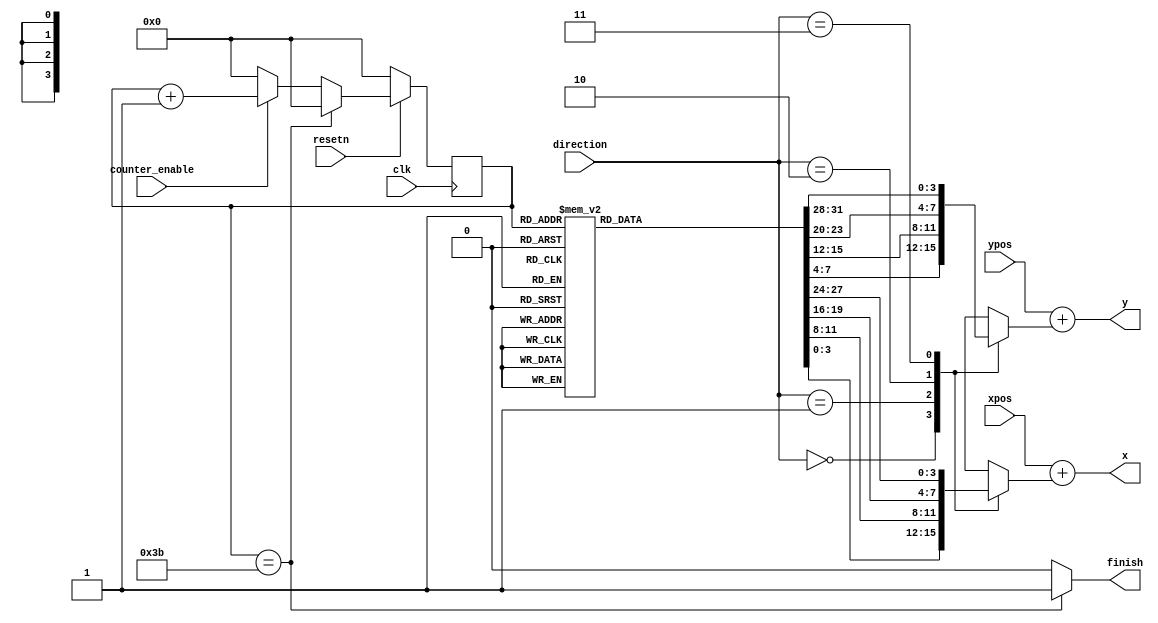
module draw_tank(xpos,ypos,clk,resetn,direction,counter_enable,finish,x,y);
	input [6:0] ypos;
	input [7:0] xpos;
	input [1:0] direction;
	input clk,resetn,counter_enable;
	output finish;
	output [6:0] y;
	output [7:0] x;

	reg [3:0] xp,yp,xpu,ypu,xpd,ypd,xpl,ypl,xpr,ypr;
	reg [5:0] counter_output;

	assign finish = (counter_output == 6'd59) ? 1'b1 : 1'b0;
	assign x = xpos + xp;
	assign y = ypos + yp;

	always @(posedge clk)
		begin: counter
			if(!resetn)
				counter_output <= 6'd0;
			else if(counter_output == 6'd59)
				counter_output <= 6'd0;
			else if(counter_enable == 1'b0)
				counter_output <= 6'd0;
			else
				counter_output <= counter_output+1'b1;
		end

	always @(*)
	begin
		case(direction)
			2'd0: begin
					xp = xpu;
					yp = ypu;
				end
			2'd1: begin
					xp = xpd;
					yp = ypd;
				end
			2'd2: begin
					xp = xpl;
					yp = ypl;
				end
			2'd3: begin
					xp = xpr;
					yp = ypr;
				end
		endcase
	end

	always @(*)
	begin:tank_plot
		case(counter_output)
			6'd0: begin
					xpu = 4'd0;
					ypu = 4'd0;
					xpd = 4'd0;
					ypd = 4'd0;
					xpl = 4'd0;
					ypl = 4'd0;
					xpr = 4'd0;
					ypr = 4'd0;
				end
			6'd1: begin
					xpu = 4'd0;
					ypu = 4'd1;
					xpd = 4'd0;
					ypd = 4'd1;
					xpl = 4'd0;
					ypl = 4'd1;
					xpr = 4'd0;
					ypr = 4'd1;
				end
			6'd2: begin
					xpu = 4'd0;
					ypu = 4'd2;
					xpd = 4'd0;
					ypd = 4'd2;
					xpl = 4'd0;
					ypl = 4'd4;
					xpr = 4'd0;
					ypr = 4'd7;
				end
			6'd3: begin
					xpu = 4'd0;
					ypu = 4'd3;
					xpd = 4'd0;
					ypd = 4'd3;
					xpl = 4'd0;
					ypl = 4'd7;
					xpr = 4'd0;
					ypr = 4'd8;
				end
			6'd4: begin
					xpu = 4'd0;
					ypu = 4'd4;
					xpd = 4'd0;
					ypd = 4'd4;
					xpl = 4'd0;
					ypl = 4'd8;
					xpr = 4'd1;
					ypr = 4'd0;
				end
			6'd5: begin
					xpu = 4'd0;
					ypu = 4'd5;
					xpd = 4'd0;
					ypd = 4'd5;
					xpl = 4'd1;
					ypl = 4'd0;
					xpr = 4'd1;
					ypr = 4'd1;
				end
			6'd6: begin
					xpu = 4'd0;
					ypu = 4'd6;
					xpd = 4'd0;
					ypd = 4'd6;
					xpl = 4'd1;
					ypl = 4'd1;
					xpr = 4'd1;
					ypr = 4'd2;
				end
			6'd7: begin
					xpu = 4'd0;
					ypu = 4'd7;
					xpd = 4'd0;
					ypd = 4'd7;
					xpl = 4'd1;
					ypl = 4'd4;
					xpr = 4'd1;
					ypr = 4'd3;
				end
			6'd8: begin
					xpu = 4'd0;
					ypu = 4'd8;
					xpd = 4'd0;
					ypd = 4'd8;
					xpl = 4'd1;
					ypl = 4'd7;
					xpr = 4'd1;
					ypr = 4'd4;
				end
			6'd9: begin
					xpu = 4'd1;
					ypu = 4'd0;
					xpd = 4'd1;
					ypd = 4'd0;
					xpl = 4'd1;
					ypl = 4'd8;
					xpr = 4'd1;
					ypr = 4'd5;
				end
			6'd10: begin
					xpu = 4'd1;
					ypu = 4'd1;
					xpd = 4'd1;
					ypd = 4'd1;
					xpl = 4'd2;
					ypl = 4'd0;
					xpr = 4'd1;
					ypr = 4'd6;
				end
			6'd11: begin
					xpu = 4'd1;
					ypu = 4'd2;
					xpd = 4'd1;
					ypd = 4'd2;
					xpl = 4'd2;
					ypl = 4'd1;
					xpr = 4'd1;
					ypr = 4'd7;
				end
			6'd12: begin
					xpu = 4'd1;
					ypu = 4'd3;
					xpd = 4'd1;
					ypd = 4'd3;
					xpl = 4'd2;
					ypl = 4'd4;
					xpr = 4'd1;
					ypr = 4'd8;
				end
			6'd13: begin
					xpu = 4'd1;
					ypu = 4'd4;
					xpd = 4'd1;
					ypd = 4'd4;
					xpl = 4'd2;
					ypl = 4'd7;
					xpr = 4'd2;
					ypr = 4'd0;
				end
			6'd14: begin
					xpu = 4'd1;
					ypu = 4'd5;
					xpd = 4'd1;
					ypd = 4'd5;
					xpl = 4'd2;
					ypl = 4'd8;
					xpr = 4'd2;
					ypr = 4'd1;
				end
			6'd15: begin
					xpu = 4'd1;
					ypu = 4'd6;
					xpd = 4'd1;
					ypd = 4'd6;
					xpl = 4'd3;
					ypl = 4'd0;
					xpr = 4'd2;
					ypr = 4'd2;
				end
			6'd16: begin
					xpu = 4'd1;
					ypu = 4'd7;
					xpd = 4'd1;
					ypd = 4'd7;
					xpl = 4'd3;
					ypl = 4'd1;
					xpr = 4'd2;
					ypr = 4'd3;
				end
			6'd17: begin
					xpu = 4'd1;
					ypu = 4'd8;
					xpd = 4'd1;
					ypd = 4'd8;
					xpl = 4'd3;
					ypl = 4'd4;
					xpr = 4'd2;
					ypr = 4'd4;
				end
			6'd18: begin
					xpu = 4'd2;
					ypu = 4'd4;
					xpd = 4'd2;
					ypd = 4'd1;
					xpl = 4'd3;
					ypl = 4'd7;
					xpr = 4'd2;
					ypr = 4'd5;
				end
			6'd19: begin
					xpu = 4'd2;
					ypu = 4'd5;
					xpd = 4'd2;
					ypd = 4'd2;
					xpl = 4'd3;
					ypl = 4'd8;
					xpr = 4'd2;
					ypr = 4'd6;
				end
			6'd20: begin
					xpu = 4'd2;
					ypu = 4'd6;
					xpd = 4'd2;
					ypd = 4'd3;
					xpl = 4'd4;
					ypl = 4'd0;
					xpr = 4'd2;
					ypr = 4'd7;
				end
			6'd21: begin
					xpu = 4'd2;
					ypu = 4'd7;
					xpd = 4'd2;
					ypd = 4'd4;
					xpl = 4'd4;
					ypl = 4'd1;
					xpr = 4'd2;
					ypr = 4'd8;
				end
			6'd22: begin
					xpu = 4'd3;
					ypu = 4'd4;
					xpd = 4'd3;
					ypd = 4'd1;
					xpl = 4'd4;
					ypl = 4'd2;
					xpr = 4'd3;
					ypr = 4'd0;
				end
			6'd23: begin
					xpu = 4'd3;
					ypu = 4'd5;
					xpd = 4'd3;
					ypd = 4'd2;
					xpl = 4'd4;
					ypl = 4'd3;
					xpr = 4'd3;
					ypr = 4'd1;
				end
			6'd24: begin
					xpu = 4'd3;
					ypu = 4'd6;
					xpd = 4'd3;
					ypd = 4'd3;
					xpl = 4'd4;
					ypl = 4'd4;
					xpr = 4'd3;
					ypr = 4'd2;
				end
			6'd25: begin
					xpu = 4'd3;
					ypu = 4'd7;
					xpd = 4'd3;
					ypd = 4'd4;
					xpl = 4'd4;
					ypl = 4'd5;
					xpr = 4'd3;
					ypr = 4'd3;
				end
			6'd26: begin
					xpu = 4'd4;
					ypu = 4'd0;
					xpd = 4'd4;
					ypd = 4'd1;
					xpl = 4'd4;
					ypl = 4'd6;
					xpr = 4'd3;
					ypr = 4'd4;
				end
			6'd27: begin
					xpu = 4'd4;
					ypu = 4'd1;
					xpd = 4'd4;
					ypd = 4'd2;
					xpl = 4'd4;
					ypl = 4'd7;
					xpr = 4'd3;
					ypr = 4'd5;
				end
			6'd28: begin
					xpu = 4'd4;
					ypu = 4'd2;
					xpd = 4'd4;
					ypd = 4'd3;
					xpl = 4'd4;
					ypl = 4'd8;
					xpr = 4'd3;
					ypr = 4'd6;
				end
			6'd29: begin
					xpu = 4'd4;
					ypu = 4'd3;
					xpd = 4'd4;
					ypd = 4'd4;
					xpl = 4'd5;
					ypl = 4'd0;
					xpr = 4'd3;
					ypr = 4'd7;
				end
			6'd30: begin
					xpu = 4'd4;
					ypu = 4'd4;
					xpd = 4'd4;
					ypd = 4'd5;
					xpl = 4'd5;
					ypl = 4'd1;
					xpr = 4'd3;
					ypr = 4'd8;
				end
			6'd31: begin
					xpu = 4'd4;
					ypu = 4'd5;
					xpd = 4'd4;
					ypd = 4'd6;
					xpl = 4'd5;
					ypl = 4'd2;
					xpr = 4'd4;
					ypr = 4'd0;
				end
			6'd32: begin
					xpu = 4'd4;
					ypu = 4'd6;
					xpd = 4'd4;
					ypd = 4'd7;
					xpl = 4'd5;
					ypl = 4'd3;
					xpr = 4'd4;
					ypr = 4'd1;
				end
			6'd33: begin
					xpu = 4'd4;
					ypu = 4'd7;
					xpd = 4'd4;
					ypd = 4'd8;
					xpl = 4'd5;
					ypl = 4'd4;
					xpr = 4'd4;
					ypr = 4'd2;
				end
			6'd34: begin
					xpu = 4'd5;
					ypu = 4'd4;
					xpd = 4'd5;
					ypd = 4'd1;
					xpl = 4'd5;
					ypl = 4'd5;
					xpr = 4'd4;
					ypr = 4'd3;
				end
			6'd35: begin
					xpu = 4'd5;
					ypu = 4'd5;
					xpd = 4'd5;
					ypd = 4'd2;
					xpl = 4'd5;
					ypl = 4'd6;
					xpr = 4'd4;
					ypr = 4'd4;
				end
			6'd36: begin
					xpu = 4'd5;
					ypu = 4'd6;
					xpd = 4'd5;
					ypd = 4'd3;
					xpl = 4'd5;
					ypl = 4'd7;
					xpr = 4'd4;
					ypr = 4'd5;
				end
			6'd37: begin
					xpu = 4'd5;
					ypu = 4'd7;
					xpd = 4'd5;
					ypd = 4'd4;
					xpl = 4'd5;
					ypl = 4'd8;
					xpr = 4'd4;
					ypr = 4'd6;
				end
			6'd38: begin
					xpu = 4'd6;
					ypu = 4'd4;
					xpd = 4'd6;
					ypd = 4'd1;
					xpl = 4'd6;
					ypl = 4'd0;
					xpr = 4'd4;
					ypr = 4'd7;
				end
			6'd39: begin
					xpu = 4'd6;
					ypu = 4'd5;
					xpd = 4'd6;
					ypd = 4'd2;
					xpl = 4'd6;
					ypl = 4'd1;
					xpr = 4'd4;
					ypr = 4'd8;
				end
			6'd40: begin
					xpu = 4'd6;
					ypu = 4'd6;
					xpd = 4'd6;
					ypd = 4'd3;
					xpl = 4'd6;
					ypl = 4'd2;
					xpr = 4'd5;
					ypr = 4'd0;
				end
			6'd41: begin
					xpu = 4'd6;
					ypu = 4'd7;
					xpd = 4'd6;
					ypd = 4'd4;
					xpl = 4'd6;
					ypl = 4'd3;
					xpr = 4'd5;
					ypr = 4'd1;
				end
			6'd42: begin
					xpu = 4'd7;
					ypu = 4'd0;
					xpd = 4'd7;
					ypd = 4'd0;
					xpl = 4'd6;
					ypl = 4'd4;
					xpr = 4'd5;
					ypr = 4'd4;
				end
			6'd43: begin
					xpu = 4'd7;
					ypu = 4'd1;
					xpd = 4'd7;
					ypd = 4'd1;
					xpl = 4'd6;
					ypl = 4'd5;
					xpr = 4'd5;
					ypr = 4'd7;
				end
			6'd44: begin
					xpu = 4'd7;
					ypu = 4'd2;
					xpd = 4'd7;
					ypd = 4'd2;
					xpl = 4'd6;
					ypl = 4'd6;
					xpr = 4'd5;
					ypr = 4'd8;
				end
			6'd45: begin
					xpu = 4'd7;
					ypu = 4'd3;
					xpd = 4'd7;
					ypd = 4'd3;
					xpl = 4'd6;
					ypl = 4'd7;
					xpr = 4'd6;
					ypr = 4'd0;
				end
			6'd46: begin
					xpu = 4'd7;
					ypu = 4'd4;
					xpd = 4'd7;
					ypd = 4'd4;
					xpl = 4'd6;
					ypl = 4'd8;
					xpr = 4'd6;
					ypr = 4'd1;
				end
			6'd47: begin
					xpu = 4'd7;
					ypu = 4'd5;
					xpd = 4'd7;
					ypd = 4'd5;
					xpl = 4'd7;
					ypl = 4'd0;
					xpr = 4'd6;
					ypr = 4'd4;
				end
			6'd48: begin
					xpu = 4'd7;
					ypu = 4'd6;
					xpd = 4'd7;
					ypd = 4'd6;
					xpl = 4'd7;
					ypl = 4'd1;
					xpr = 4'd6;
					ypr = 4'd7;
				end
			6'd49: begin
					xpu = 4'd7;
					ypu = 4'd7;
					xpd = 4'd7;
					ypd = 4'd7;
					xpl = 4'd7;
					ypl = 4'd2;
					xpr = 4'd6;
					ypr = 4'd8;
				end
			6'd50: begin
					xpu = 4'd7;
					ypu = 4'd8;
					xpd = 4'd7;
					ypd = 4'd8;
					xpl = 4'd7;
					ypl = 4'd3;
					xpr = 4'd7;
					ypr = 4'd0;
				end
			6'd51: begin
					xpu = 4'd8;
					ypu = 4'd0;
					xpd = 4'd8;
					ypd = 4'd0;
					xpl = 4'd7;
					ypl = 4'd4;
					xpr = 4'd7;
					ypr = 4'd1;
				end
			6'd52: begin
					xpu = 4'd8;
					ypu = 4'd1;
					xpd = 4'd8;
					ypd = 4'd1;
					xpl = 4'd7;
					ypl = 4'd5;
					xpr = 4'd7;
					ypr = 4'd4;
				end
			6'd53: begin
					xpu = 4'd8;
					ypu = 4'd2;
					xpd = 4'd8;
					ypd = 4'd2;
					xpl = 4'd7;
					ypl = 4'd6;
					xpr = 4'd7;
					ypr = 4'd7;
				end
			6'd54: begin
					xpu = 4'd8;
					ypu = 4'd3;
					xpd = 4'd8;
					ypd = 4'd3;
					xpl = 4'd7;
					ypl = 4'd7;
					xpr = 4'd7;
					ypr = 4'd8;
				end
			6'd55: begin
					xpu = 4'd8;
					ypu = 4'd4;
					xpd = 4'd8;
					ypd = 4'd4;
					xpl = 4'd7;
					ypl = 4'd8;
					xpr = 4'd8;
					ypr = 4'd0;
				end
			6'd56: begin
					xpu = 4'd8;
					ypu = 4'd5;
					xpd = 4'd8;
					ypd = 4'd5;
					xpl = 4'd8;
					ypl = 4'd0;
					xpr = 4'd8;
					ypr = 4'd1;
				end
			6'd57: begin
					xpu = 4'd8;
					ypu = 4'd6;
					xpd = 4'd8;
					ypd = 4'd6;
					xpl = 4'd8;
					ypl = 4'd1;
					xpr = 4'd8;
					ypr = 4'd4;
				end
			6'd58: begin
					xpu = 4'd8;
					ypu = 4'd7;
					xpd = 4'd8;
					ypd = 4'd7;
					xpl = 4'd8;
					ypl = 4'd7;
					xpr = 4'd8;
					ypr = 4'd7;
				end
			6'd59: begin
					xpu = 4'd8;
					ypu = 4'd8;
					xpd = 4'd8;
					ypd = 4'd8;
					xpl = 4'd8;
					ypl = 4'd8;
					xpr = 4'd8;
					ypr = 4'd8;
				end
			default: begin
					xpu = 4'd0;
					ypu = 4'd0;
					xpd = 4'd0;
					ypd = 4'd0;
					xpl = 4'd0;
					ypl = 4'd0;
					xpr = 4'd0;
					ypr = 4'd0;
				end
		endcase
	end
endmodule